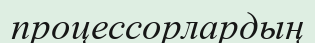
процессорлардың